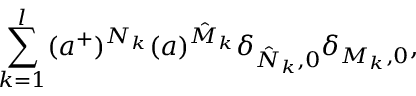
\sum _ { k = 1 } ^ { l } ( a ^ { + } ) ^ { N _ { k } } ( a ) ^ { \hat { M } _ { k } } \delta _ { \hat { N } _ { k } , 0 } \delta _ { M _ { k } , 0 } ,